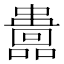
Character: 𡄅